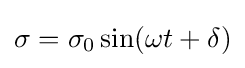
\sigma =\sigma _{0}\sin(\omega t+\delta )